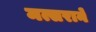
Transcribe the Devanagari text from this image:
मत्सराने